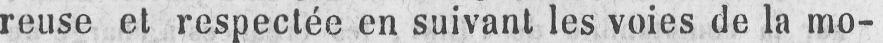
reuse et respectée en suivant les voies de la mo-